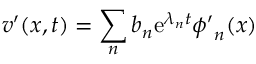
\boldsymbol { v ^ { \prime } } ( \boldsymbol { x } , t ) = \sum _ { n } b _ { n } \mathrm { e } ^ { \lambda _ { n } t } \boldsymbol { \phi ^ { \prime } } _ { n } ( \boldsymbol { x } )